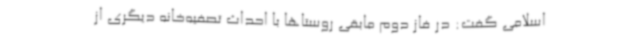
اسلامی گفت: در فاز دوم مابقی روستاها با احداث تصفیه‌خانه دیگری از